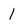
Character: 1